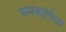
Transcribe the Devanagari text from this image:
फर्मेकोपिया